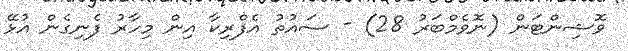
ވޮޝިންޓަން (ނޮވެމްބަރު 28) - ސައުތު އެފްރިކާ އިން މިހާރު ފެނިގެން އުޅޭ